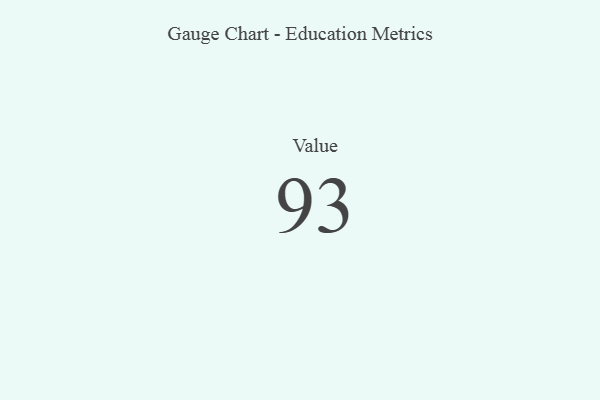
{"axis": {"x": "Metric", "y": "Value"}, "legend": [""], "data": [{"x": "Value", "y": 93, "type": ""}]}